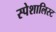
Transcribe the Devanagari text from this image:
स्पेशालिस्ट